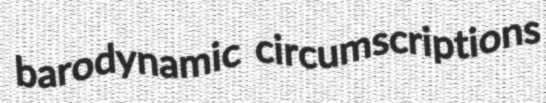
barodynamic circumscriptions